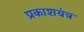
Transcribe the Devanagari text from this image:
प्रकाशयंत्र